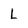
Character: L